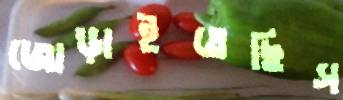
জোড়াইতেছিস